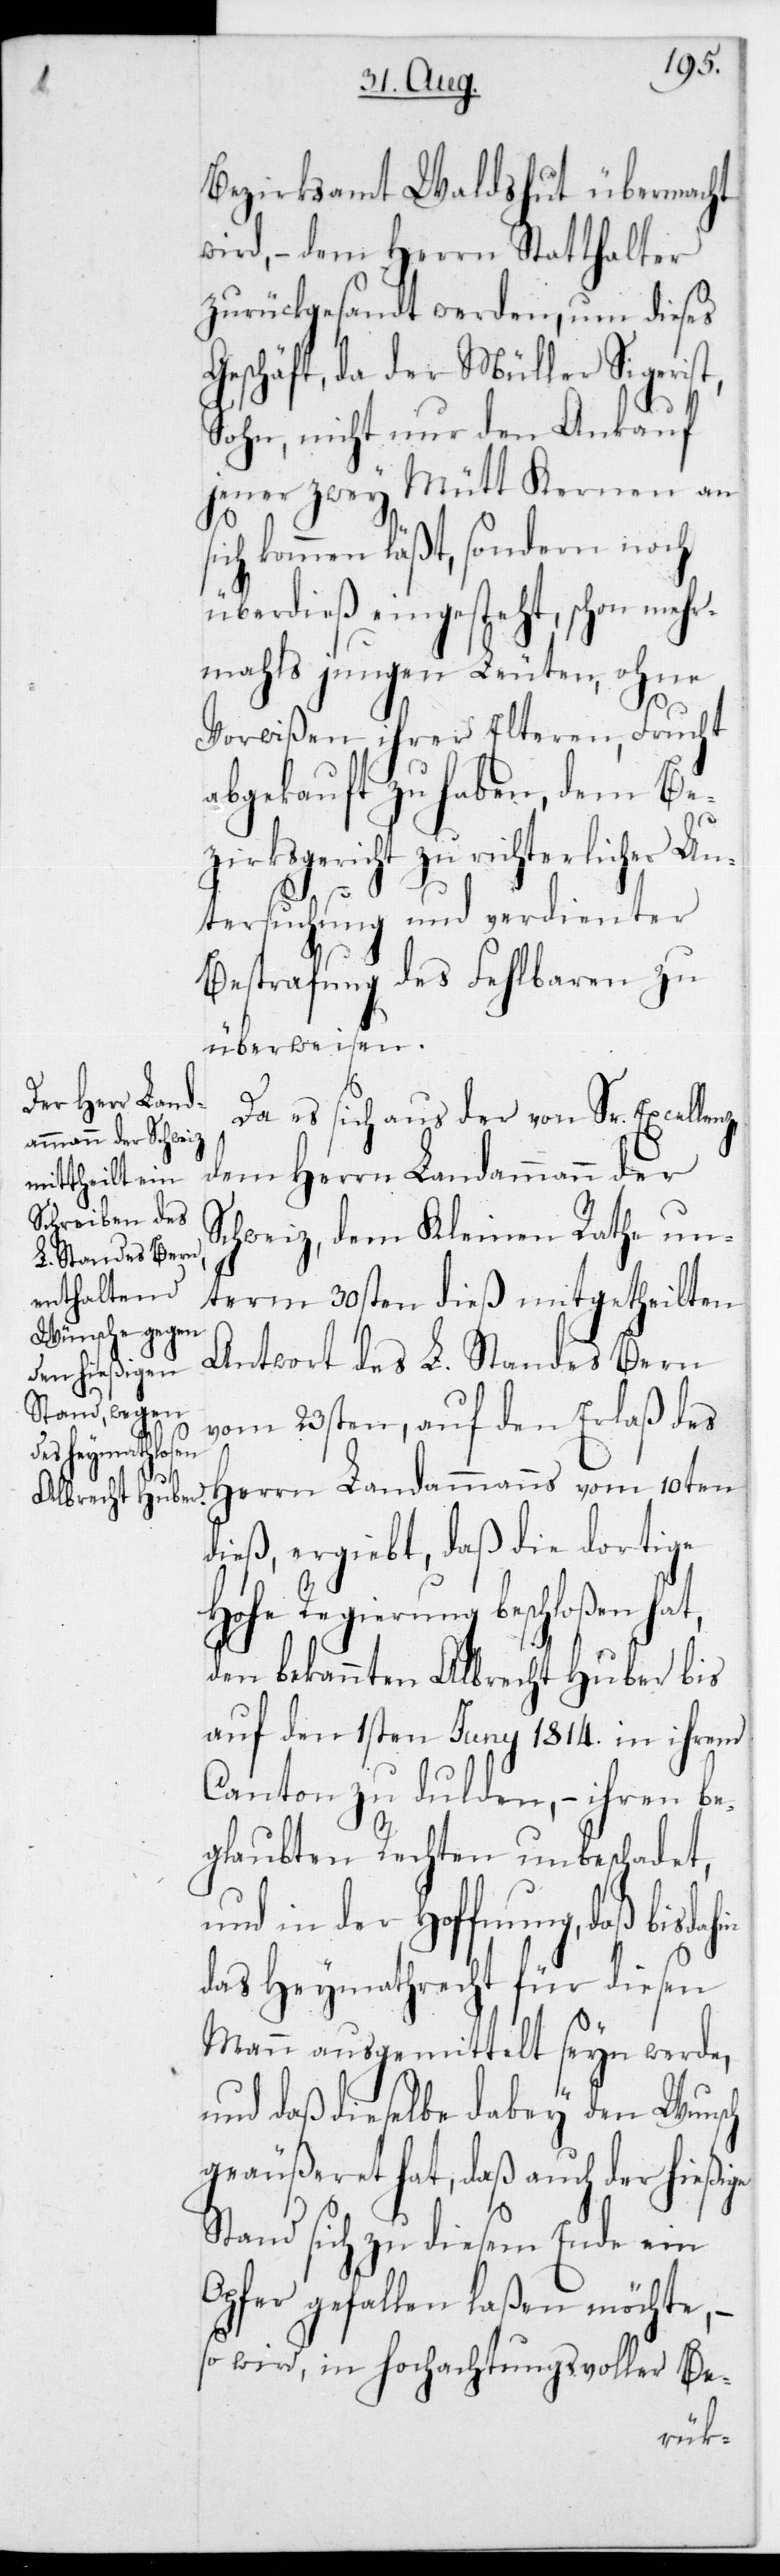
Bezirksamt Waldshut übermacht
wird, – dem Herrn Statthalter
zurückgesandt werden, um dieses
Geschäft, da der Müller Sigerist,
Sohn, nicht nur den Ankauf
jener zwey Mütt Kernen an
sich kommen läßt, sondern noch
überdieß eingesteht, schon mehr¬
mals jungen Leuten, ohne
Vorwißen ihrer Elteren, Frucht
abgekauft zu haben, dem Be¬
zirksgericht zu richterlicher Un¬
tersuchung und verdienter
Bestrafung des Fehlbaren zu
überweisen.
Da es sich aus der von Sr. Excellen¬
z,dem Herrn Landammann der
Schweiz, dem Kleinen Rathe un¬
term 30sten dieß mitgetheilten
Antwort des L. Standes Bern
vom 23sten, auf den Erlaß des
Herrn Landammanns vom 10ten
dieß, ergiebt, daß die dortige
Hohe Regierung beschloßen hat,
den bekannten Albrecht Huber bis
auf den 1sten Juny 1814 in ihrem
Canton zu dulden, – ihren be¬
glaubten Rechten unbeschadet,
und in der Hoffnung, daß bis
das Heymathrecht für diesen
Mann ausgemittelt seyn werde,
und daß dieselbe dabey den Wunsch
geäußeret hat, daß auch der hießige
Stand sich zu diesem Ende ein
Opfer gefallen laßen möchte, –
so wird, in hochachtungvoller Be-